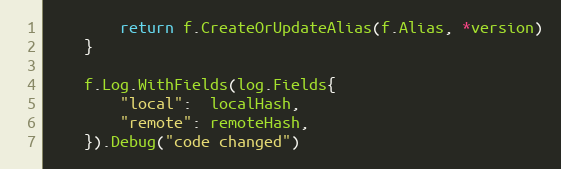
Language: Go
		return f.CreateOrUpdateAlias(f.Alias, *version)
	}

	f.Log.WithFields(log.Fields{
		"local":  localHash,
		"remote": remoteHash,
	}).Debug("code changed")